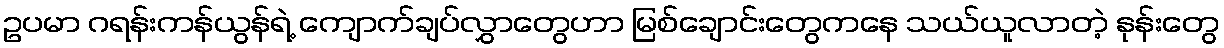
ဥပမာ ဂရန်းကန်ယွန်ရဲ့ ကျောက်ချပ်လွှာတွေဟာ မြစ်ချောင်းတွေကနေ သယ်ယူလာတဲ့ နုန်းတွေ